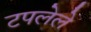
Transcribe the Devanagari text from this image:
टपलेले